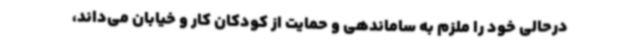
درحالی خود را ملزم به ساماندهی و حمایت از کودکان کار و خیابان می‌داند،